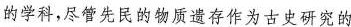
的学科，尽管先民的物质遗存作为古史研究的